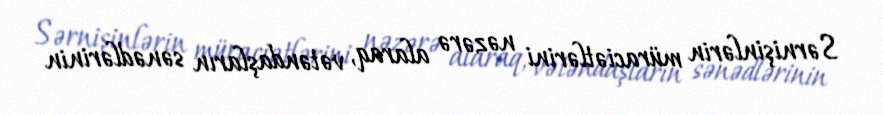
Sərnişinlərin müraciətlərini nəzərə alaraq, vətəndaşların sənədlərinin